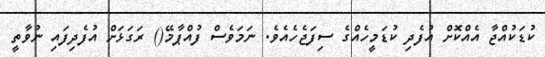
ކުޑަކުއްޖާ އެއްކޮށް އުފެދި ކުޑަމީހެއްގެ ސިފަޖެހެއެވެ. ނަމަވެސް ފުއްޕާމޭ() ރަގަޅަށް އުފެދިފައި ނުވާތީ